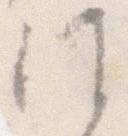
候